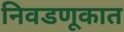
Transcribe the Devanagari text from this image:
निवडणूकात